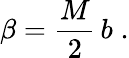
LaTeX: \beta=\frac{M}{2}\, b\; .